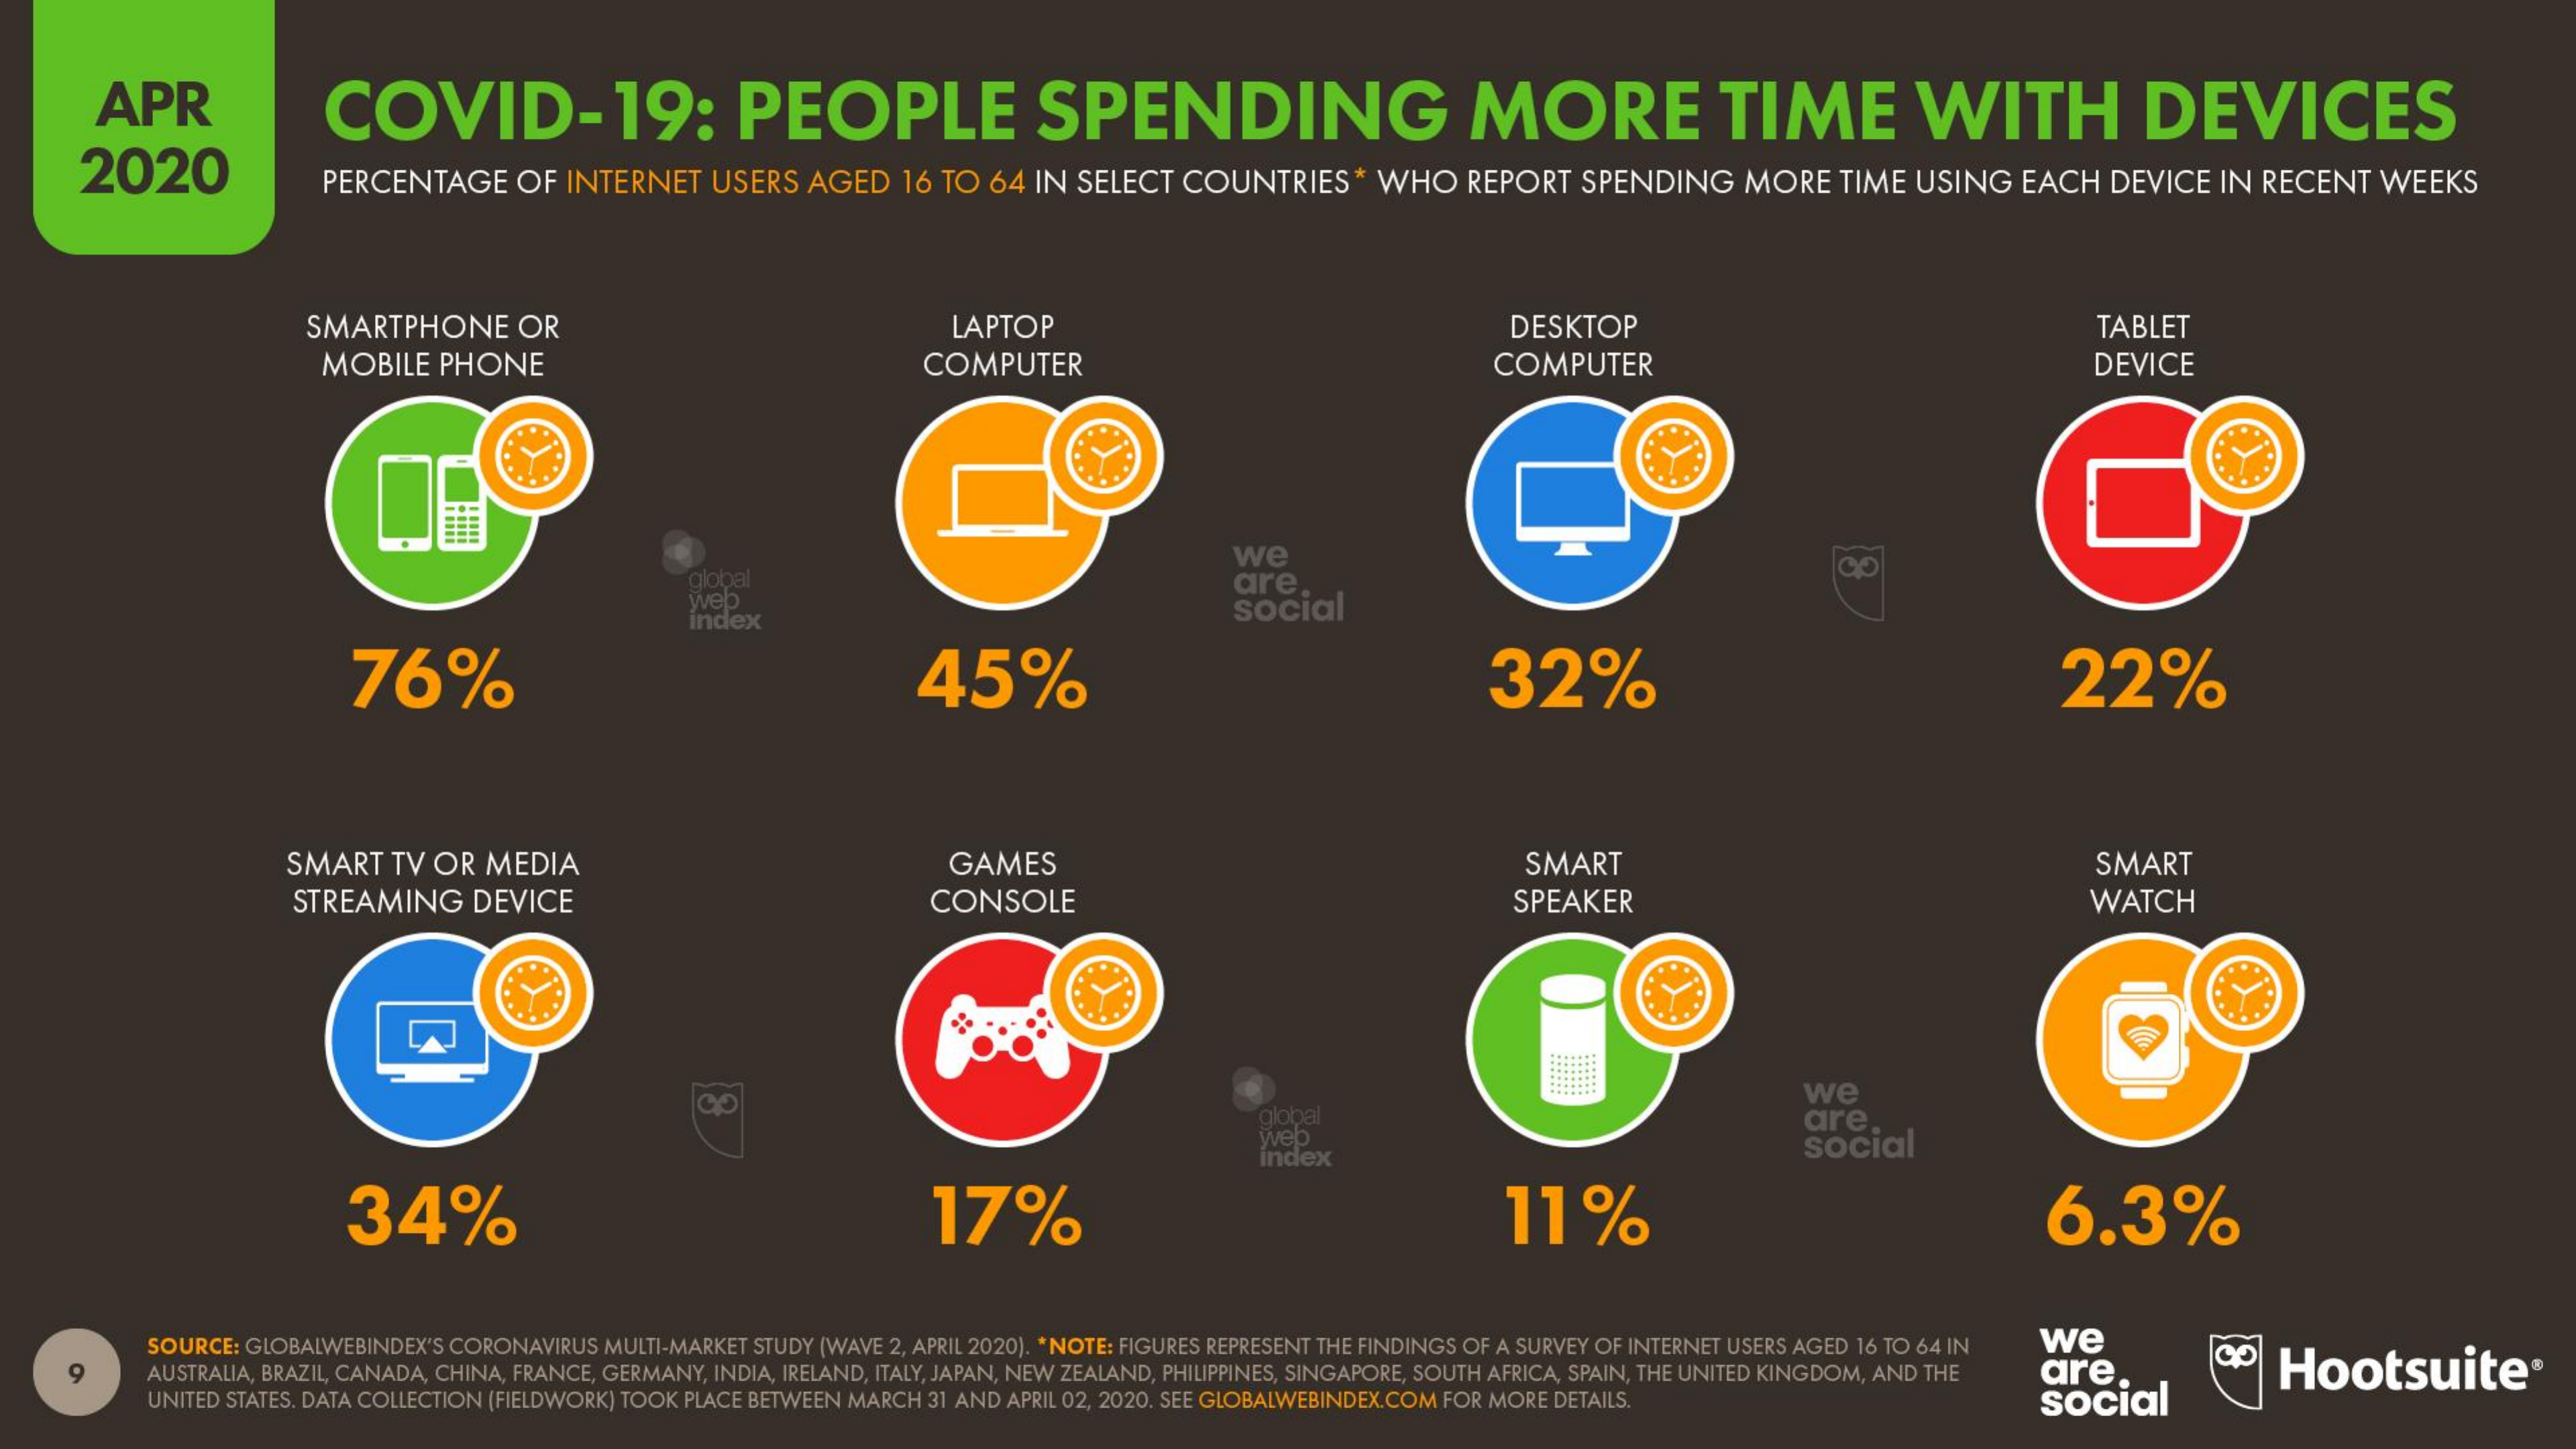
APR    COVID-19:    PEOPLE    SPENDING    MORE    TIME    WITH    DEVICES
     2020    PERCENTAGE   OF INTERNET USERS AGED  16 TO 64 IN SELECT COUNTRIES  * WHO  REPORT SPENDING   MORE  TIME USING  EACH DEVICE  IN RECENT WEEKS
     SMARTPHONE    OR    LAPTOP    DESKTOP    TABLET
     MOBILE PHONE    COMPUTER    COMPUTER    DEVICE
     we
     global
     web
     are
     index
     social
     76%    45%    32%    22%
     SMART  TV OR MEDIA    GAMES    SMART    SMART
     STREAMING   DEVICE    CONSOLE    SPEAKER    WATCH
     global
     we
     web
     are
     index
     social
     34%    17%    11%    6.3%
     SOURCE: GLOBALWEBINDEX'S CORONAVIRUS MULTI-MARKET STUDY (WAVE 2, APRIL 2020). * NOTE: FIGURES REPRESENT THE FINDINGS OF A SURVEY OF INTERNET USERS AGED 16 TO 64 IN we
     9    AUSTRALIA, BRAZIL, CANADA, CHINA, FRANCE, GERMANY, INDIA, IRELAND, ITALY, JAPAN, NEW ZEALAND, PHILIPPINES, SINGAPORE, SOUTH AFRICA, SPAIN, THE UNITED KINGDOM, AND THE are. Hootsuite
     UNITED STATES. DATA COLLECTION (FIELDWORK) TOOK PLACE BETWEEN MARCH 31 AND APRIL 02, 2020. SEE GLOBALWEBINDEX.COM FOR MORE DETAILS. social